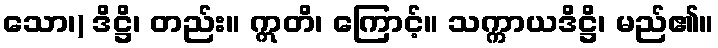
သော၊) ဒိဋ္ဌိ၊ တည်း။ ဣတိ၊ ကြောင့်။ သက္ကာယဒိဋ္ဌိ၊ မည်၏။